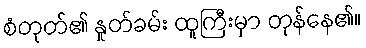
စံတုတ်၏ နှုတ်ခမ်း ထူကြီးမှာ တုန်နေ၏။